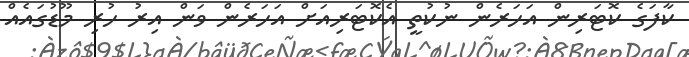
ކާފަގެ ކޮޓަރިން އަހަރެން ނުކުތީ އެކޮޓަރިއަށް އަހަރެން ވަން އިރު ހުރި މޫޑުގައެއް